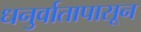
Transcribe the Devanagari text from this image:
धनुर्वातापासून